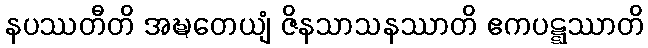
နပဿတီတိ အဍ္ဎတေယျံ ဇိနသာသနဿာတိ ဧကပဋ္ဋဿာတိ